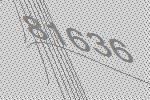
81636